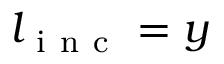
l _ { \mathrm { ~ i ~ n ~ c ~ } } = y